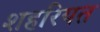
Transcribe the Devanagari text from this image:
शहरियत